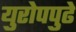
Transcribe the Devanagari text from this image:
युरोपपुढे